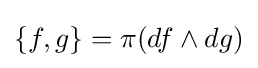
\{f,g\}=\pi (df\wedge dg)